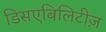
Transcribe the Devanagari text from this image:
डिसएबिलिटीज़